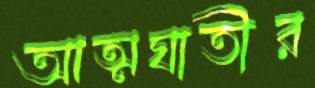
আত্মঘাতীর